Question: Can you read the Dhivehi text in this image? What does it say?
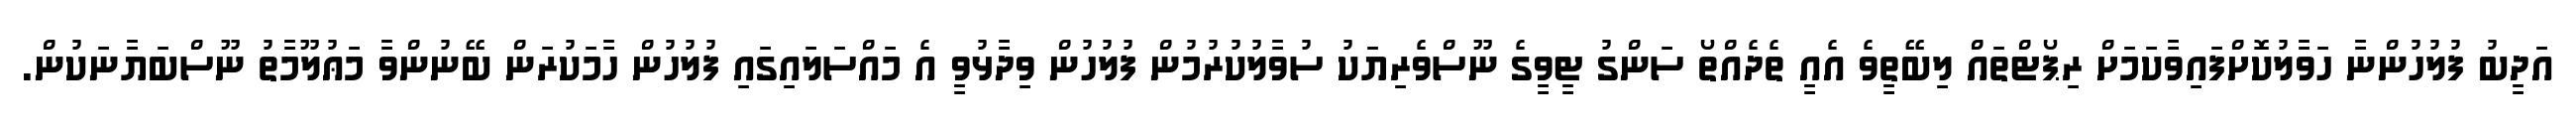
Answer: އަދީބު ފުލުހުންނާ ހަވާލުކޮށްފައިވާކަމަށް ރިޕޯޓްތައް ލިބޭތީވެ އެއީ ތެދެއްތޯ ސަންގު ޓީވީގެ ނޫސްވެރިޔަކު ސުވާލުކުރުމުން ފުލުހުން ވިދާޅުވީ އެ މައްސަލައިގައި ފުލުހުން ހާމަކުރަން ބޭނުންވާ މަޢުލޫމާތު ނޫސްބަޔާނަކުން.